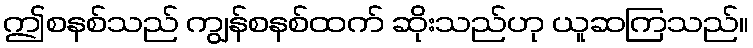
ဤစနစ်သည် ကျွန်စနစ်ထက် ဆိုးသည်ဟု ယူဆကြသည်။